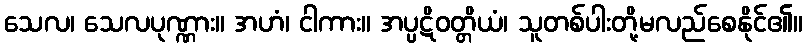
သေလ၊ သေလပုဏ္ဏား။ အဟံ၊ ငါကား။ အပ္ပဋိဝတ္တိယံ၊ သူတစ်ပါးတို့မလည်စေနိုင်၏။